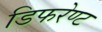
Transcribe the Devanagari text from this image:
डिफरेण्ट